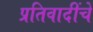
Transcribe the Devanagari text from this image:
प्रतिवादींचे